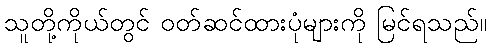
သူတို့ကိုယ်တွင် ဝတ်ဆင်ထားပုံများကို မြင်ရသည်။